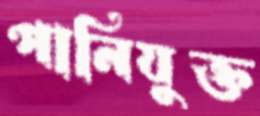
পানিযুক্ত